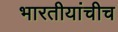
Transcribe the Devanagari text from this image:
भारतीयांचीच